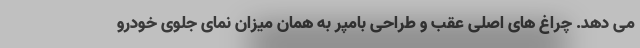
می دهد. چراغ های اصلی عقب و طراحی بامپر به همان میزان نمای جلوی خودرو